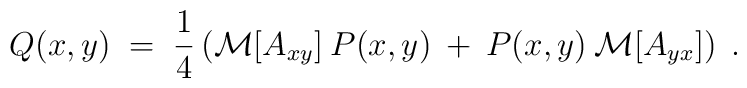
Q(x,y) \;=\; \frac{1}{4} \left( {\cal{M}}[A_{xy}]\:P(x,y) \:+\:P(x,y) \:{\cal{M}}[A_{yx}] \right) \;.